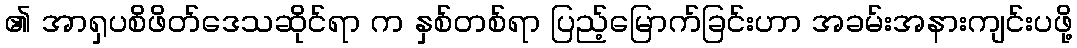
၏ အာရှပစိဖိတ်ဒေသဆိုင်ရာ က နှစ်တစ်ရာ ပြည့်မြောက်ခြင်းဟာ အခမ်းအနားကျင်းပဖို့